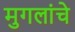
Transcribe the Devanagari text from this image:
मुगलांचे